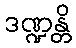
ဒဏ္ဍန္တိ